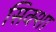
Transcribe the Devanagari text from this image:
सिक्शा